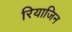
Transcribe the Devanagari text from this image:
रियाजिन